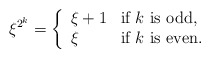
\begin{align*}\xi^{2^k} = \left\{\begin{array}{ll}\xi + 1 & \textrm{if $k$ is odd,}\\\xi & \textrm{if $k$ is even}.\end{array}\right.\end{align*}